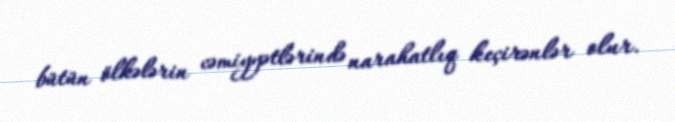
bütün ölkələrin cəmiyyətlərində narahatlıq keçirənlər olur.